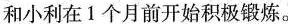
和小利在1个月前开始积极锻炼。